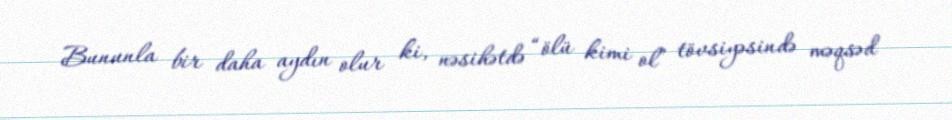
Bununla bir daha aydın olur ki, nəsihətdə “ölü kimi ol” tövsiyəsində məqsəd